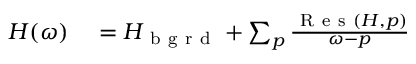
\begin{array} { r } { \begin{array} { r l } { H ( \omega ) } & { { } = H _ { \mathrm { ~ b ~ g ~ r ~ d ~ } } + \sum _ { p } \frac { \mathrm { ~ R ~ e ~ s ~ } ( H , p ) } { \omega - p } } \end{array} } \end{array}